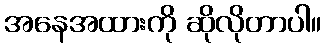
အနေအထားကို ဆိုလိုတာပါ။